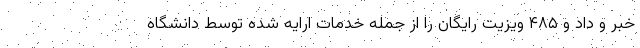
خبر و داد و ۴۸۵ ویزیت رایگان را از جمله خدمات ارایه شده توسط دانشگاه